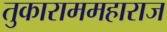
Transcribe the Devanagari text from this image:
तुकाराममहाराज